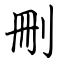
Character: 刪